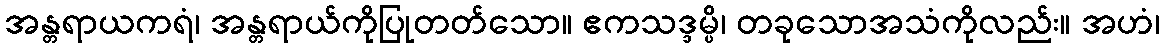
အန္တရာယကရံ၊ အန္တရာယ်ကိုပြုတတ်သော။ ဧကသဒ္ဒမ္ပိ၊ တခုသောအသံကိုလည်း။ အဟံ၊